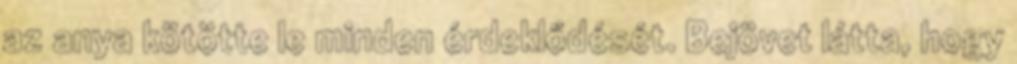
az anya kötötte le minden érdeklődését. Bejövet látta, hogy